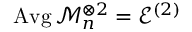
\operatorname { A v g } \mathcal { M } _ { n } ^ { \otimes 2 } = \mathcal { E } ^ { ( 2 ) }